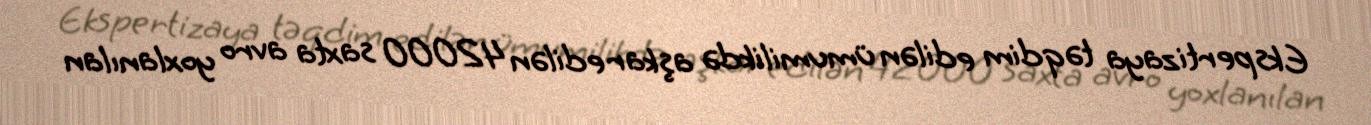
Ekspertizaya təqdim edilən ümumilikdə aşkar edilən 42000 saxta avro yoxlanılan